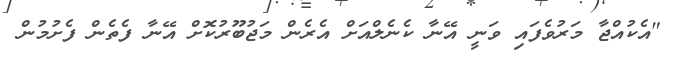
"އެކުއްޖާ މަރުވެފައި ވަނީ އޭނާ ކެނެލްއަށް އެރެން މަޖުބޫރުކޮށް އޭނާ ފެތެން ފެށުމުން